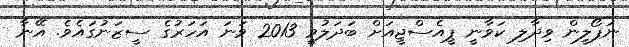
ނަޕޯލީން ވިދާލި ކަވާނީ ޕީއެސްޖީއަށް ބަދަލުވީ 2013 ވަނަ އަހަރުގެ ސީޒަނުގައެވެ. އޭނާ